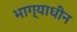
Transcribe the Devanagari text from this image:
भाग्याधीन